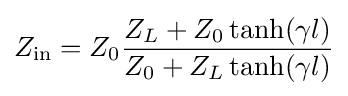
Z_{\mathrm {in} }=Z_{0}{\frac {Z_{L}+Z_{0}\tanh(\gamma l)}{Z_{0}+Z_{L}\tanh(\gamma l)}}